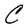
Character: C